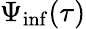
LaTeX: \Psi_{\mathrm{inf}}(\tau)